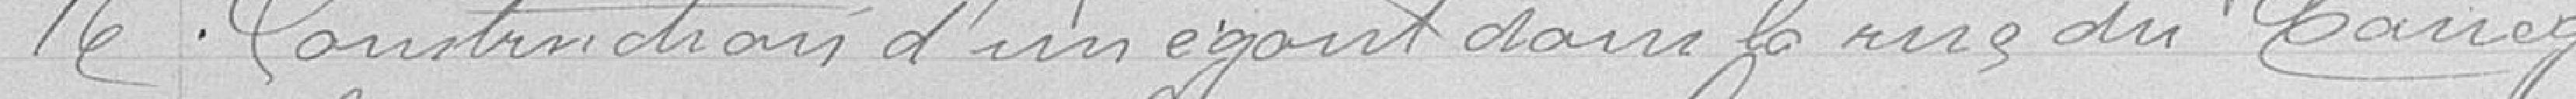
16 Construction d'un égout dans la rue du manège